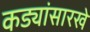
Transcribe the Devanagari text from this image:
कड्यांसारखे